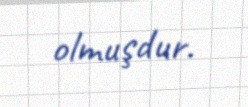
olmuşdur.